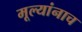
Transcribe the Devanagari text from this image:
मूल्यांनाच